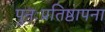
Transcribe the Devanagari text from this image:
पुनःप्रतिष्ठापना